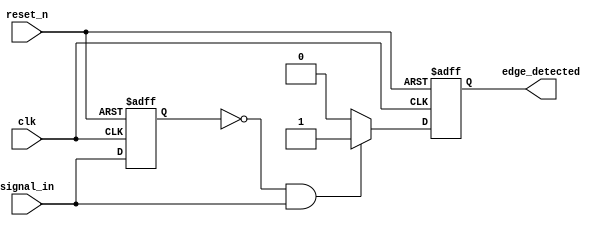
module rising_edge_detector (
    input wire clk,            // Clock input
    input wire reset_n,        // Active-low asynchronous reset
    input wire signal_in,      // Input signal to detect rising edge
    output reg edge_detected   // Output signal indicating rising edge detection
);

    reg previous_state;        // Register to hold the previous state of signal_in

    always @(posedge clk or negedge reset_n) begin
        if (!reset_n) begin
            // Asynchronous reset
            previous_state <= 1'b0;
            edge_detected <= 1'b0;
        end else begin
            // Sampling the input signal
            edge_detected <= (previous_state == 1'b0 && signal_in == 1'b1) ? 1'b1 : 1'b0;
            previous_state <= signal_in; // Update the previous state
        end
    end

endmodule